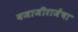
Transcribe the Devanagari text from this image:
बजाजीराजेंचा